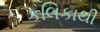
કલિકાથી